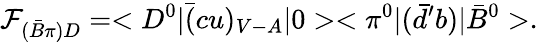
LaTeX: {\cal F}_{(\bar{B}\pi)D}=<D^{0}|\bar{(}cu)_{V-A}|0><\pi^{0}|(\bar{d}^{\prime}b)|\bar{B}^{0}>.